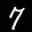
Label: 7